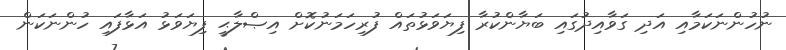
ނުހުންނަކަމާއި އަދި ގަވާއިދުގައި ބަޔާންކުރާ ފިޔަވަޅުތައް ފުރިހަމަނުކޮށް އިޞްލާޙީ ފިޔަވަޅު އަޅާފައި ހުންނަކަން